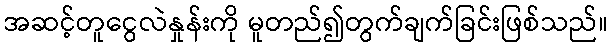
အဆင့်တူငွေလဲနှုန်းကို မူတည်၍တွက်ချက်ခြင်းဖြစ်သည်။